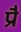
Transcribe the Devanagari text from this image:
प्रै